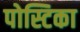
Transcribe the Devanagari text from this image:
पोस्टिका